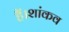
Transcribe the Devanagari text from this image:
हैं।शांकव